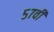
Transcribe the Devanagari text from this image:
५७वी